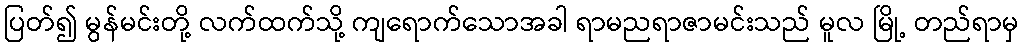
ပြတ်၍ မွန်မင်းတို့ လက်ထက်သို့ ကျရောက်သောအခါ ရာမညရာဇာမင်းသည် မူလ မြို့ တည်ရာမှ